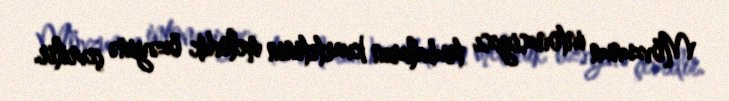
Mövzunun intonasiyası trubaların kvartetinin melodik özəyinə çevrilir.